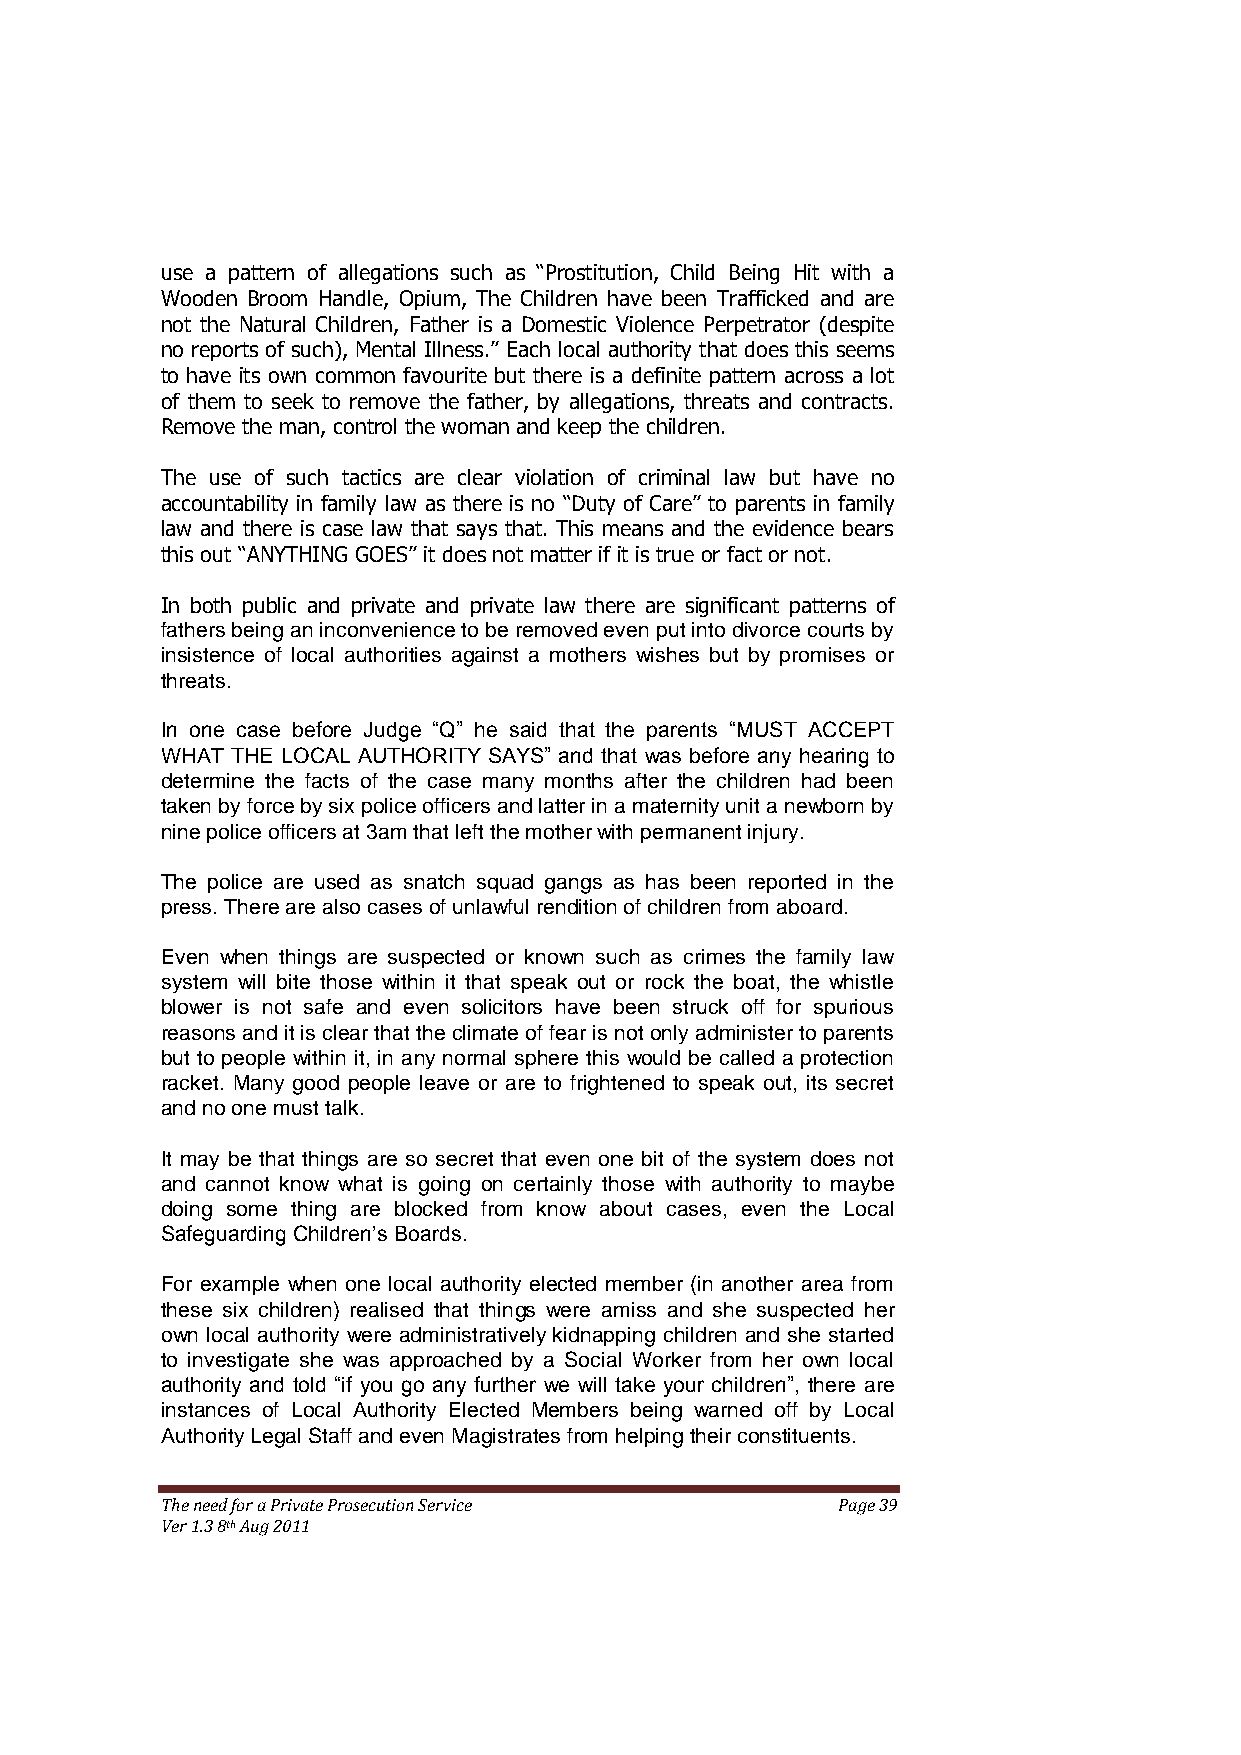
use a pattern of allegations such as ―Prostitution, Child Being Hit with a
 Wooden Broom Handle, Opium, The Children have been Trafficked and are
 not the Natural Children, Father is a Domestic Violence Perpetrator (despite
 no reports of such), Mental Illness.‖ Each local authority that does this seems
 to have its own common favourite but there is a definite pattern across a lot
 of them to seek to remove the father, by allegations, threats and contracts.
 Remove the man, control the woman and keep the children.
 The use of such tactics are clear violation of criminal law but have no
 accountability in family law as there is no ―Duty of Care‖ to parents in family
 law and there is case law that says that. This means and the evidence bears
 this out ―ANYTHING GOES‖ it does not matter if it is true or fact or not.
 In both public and private and private law there are significant patterns of
 fathers being an inconvenience to be removed even put into divorce courts by
 insistence of local authorities against a mothers wishes but by promises or
 threats.
 In one case before Judge “Q” he said that the parents “MUST ACCEPT
 WHAT THE LOCAL AUTHORITY SAYS” and that was before any hearing to
 determine the facts of the case many months after the children had been
 taken by force by six police officers and latter in a maternity unit a newborn by
 nine police officers at 3am that left the mother with permanent injury.
 The police are used as snatch squad gangs as has been reported in the
 press. There are also cases of unlawful rendition of children from aboard.
 Even when things are suspected or known such as crimes the family law
 system will bite those within it that speak out or rock the boat, the whistle
 blower is not safe and even solicitors have been struck off for spurious
 reasons and it is clear that the climate of fear is not only administer to parents
 but to people within it, in any normal sphere this would be called a protection
 racket. Many good people leave or are to frightened to speak out, its secret
 and no one must talk.
 It may be that things are so secret that even one bit of the system does not
 and cannot know what is going on certainly those with authority to maybe
 doing some thing are blocked from know about cases, even the Local
 Safeguarding Children’s Boards.
 For example when one local authority elected member (in another area from
 these six children) realised that things were amiss and she suspected her
 own local authority were administratively kidnapping children and she started
 to investigate she was approached by a Social Worker from her own local
 authority and told “if you go any further we will take your children”, there are
 instances of Local Authority Elected Members being warned off by Local
 Authority Legal Staff and even Magistrates from helping their constituents.
 The need for a Private Prosecution Service  Page 39
 Ver 1.3 8th Aug 2011